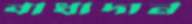
বাধাদান